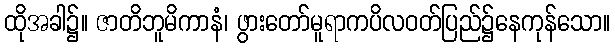
ထိုအခါ၌။ ဇာတိဘူမိကာနံ၊ ဖွားတော်မူရာကပိလဝတ်ပြည်၌နေကုန်သော။